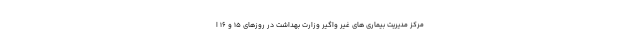
مرکز مدیریت بیماری های غیر واگیر وزارت بهداشت در روزهای ۱۵ و ۱۶ ا